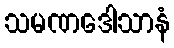
သမဏဒေါသာနံ